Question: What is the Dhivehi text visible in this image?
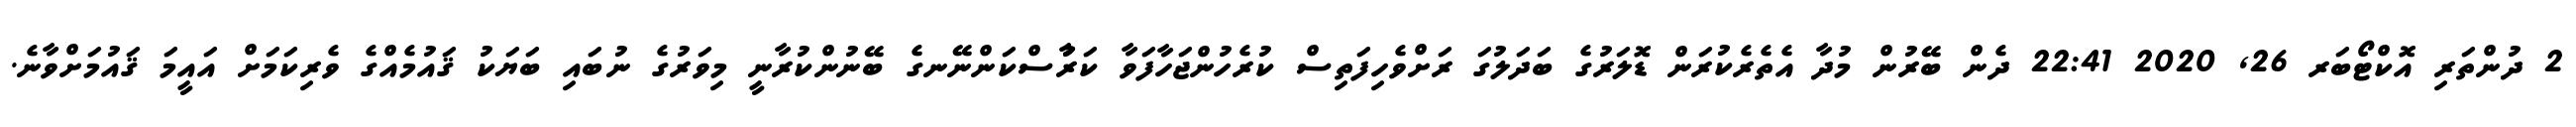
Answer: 2 ދުންތަރި އޮކްޓޯބަރ 26, 2020 22:41 ދެން ބޭރުން މުދާ އެތެރެކުރަން ޑޮލަރުގެ ބަދަލުގަ ރަށްވެހިފަތިސް ކުރެހުންޖަހާފަވާ ކަރުާސްކަންނޭނގެ ބޭނުންކުރާނީ މިވަރުގެ ނުބައި ބަޔަކު ޤައުމެއްގެ ވެރިކަމަށް އައީމަ ޤައުމަށްވާނެ.